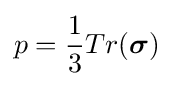
p={\frac {1}{3}}Tr({\boldsymbol {\sigma }})